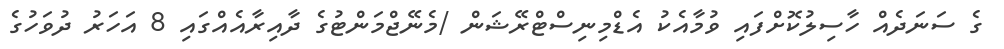
ގެ ސަނަދެއް ހާސިލުކޮށްފައި ވުމާއެކު އެޑްމިނިސްޓްރޭޝަން /މެނޭޖްމަންޓުގެ ދާއިރާއެއްގައި 8 އަހަރު ދުވަހުގެ